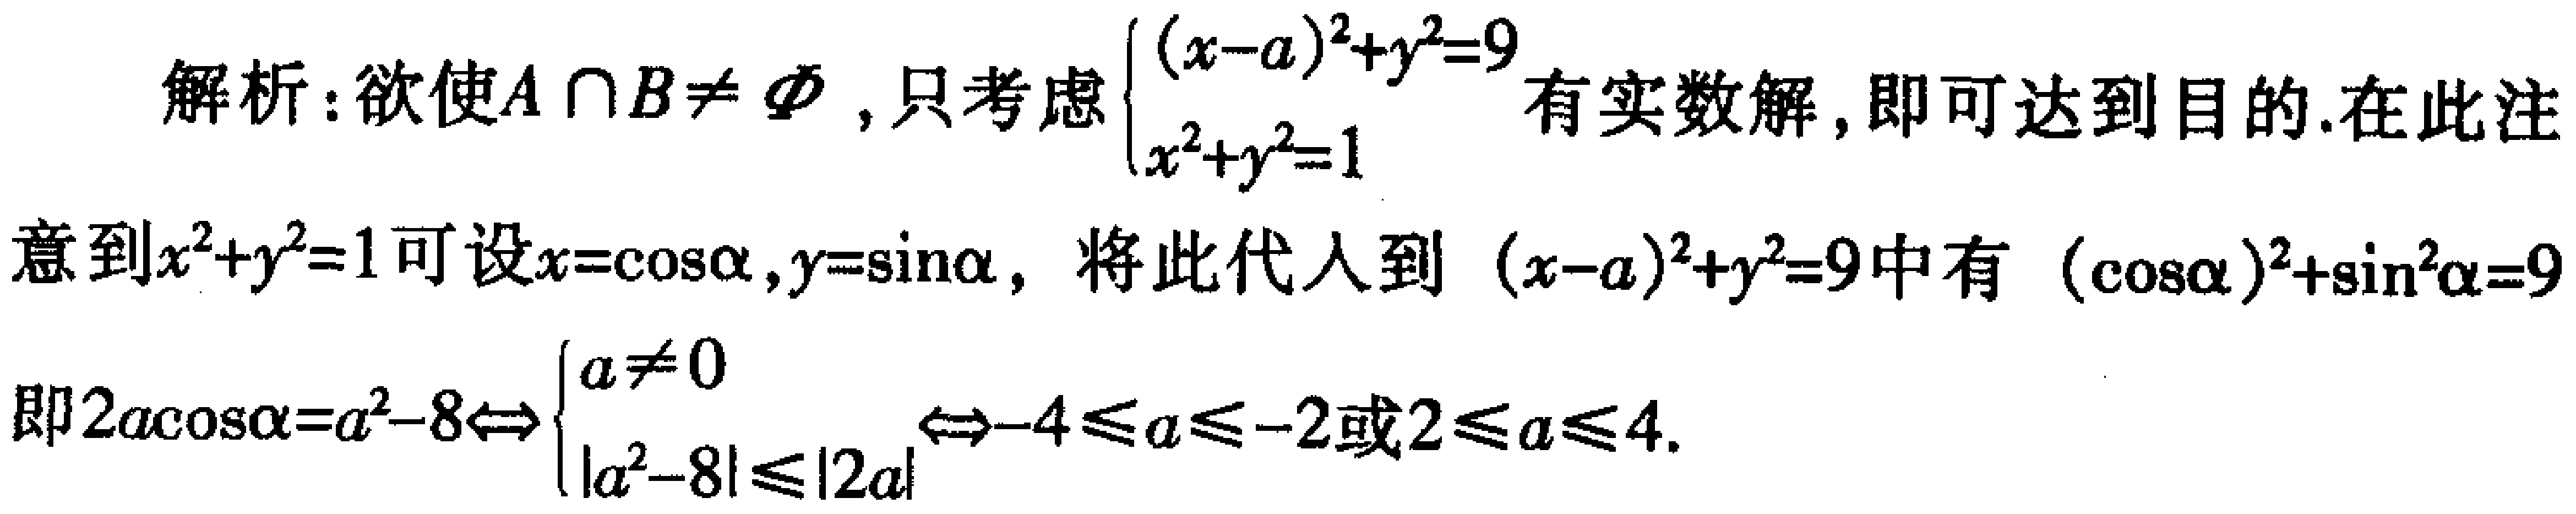
解析：欲使\(A\cap B\neq \varnothing\)，只考虑\(\begin{cases}(x - a)^2 + y^2 = 9\\x^2 + y^2 = 1\end{cases}\)有实数解，即可达到目的.在此注意到\(x^2 + y^2 = 1\)可设\(x = \cos\alpha,y = \sin\alpha\)，将此代入到\((x - a)^2 + y^2 = 9\)中有\((\cos\alpha)^2+\sin^2\alpha = 9\)即\(2a\cos\alpha=a^2 - 8\Leftrightarrow\begin{cases}a\neq 0\\|a^2 - 8|\leq|2a|\end{cases}\Leftrightarrow - 4\leq a\leq - 2或2\leq a\leq 4\).